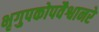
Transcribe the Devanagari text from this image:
भृगुपकोपवैश्वानरे